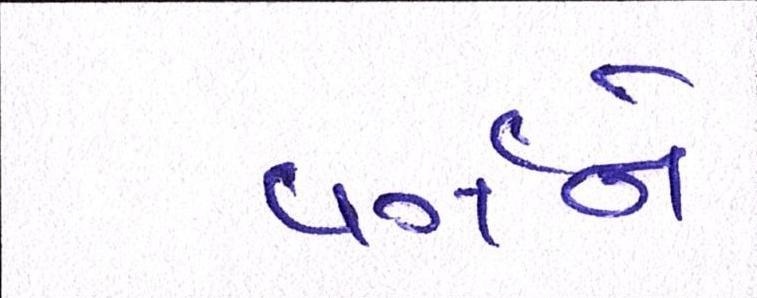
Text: વર્ગને